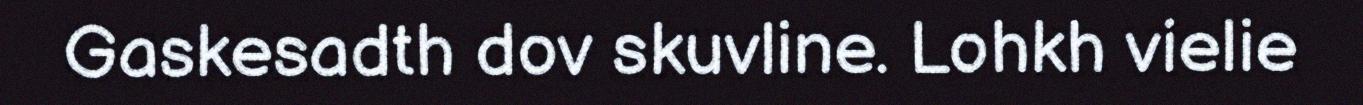
Gaskesadth dov skuvline. Lohkh vielie